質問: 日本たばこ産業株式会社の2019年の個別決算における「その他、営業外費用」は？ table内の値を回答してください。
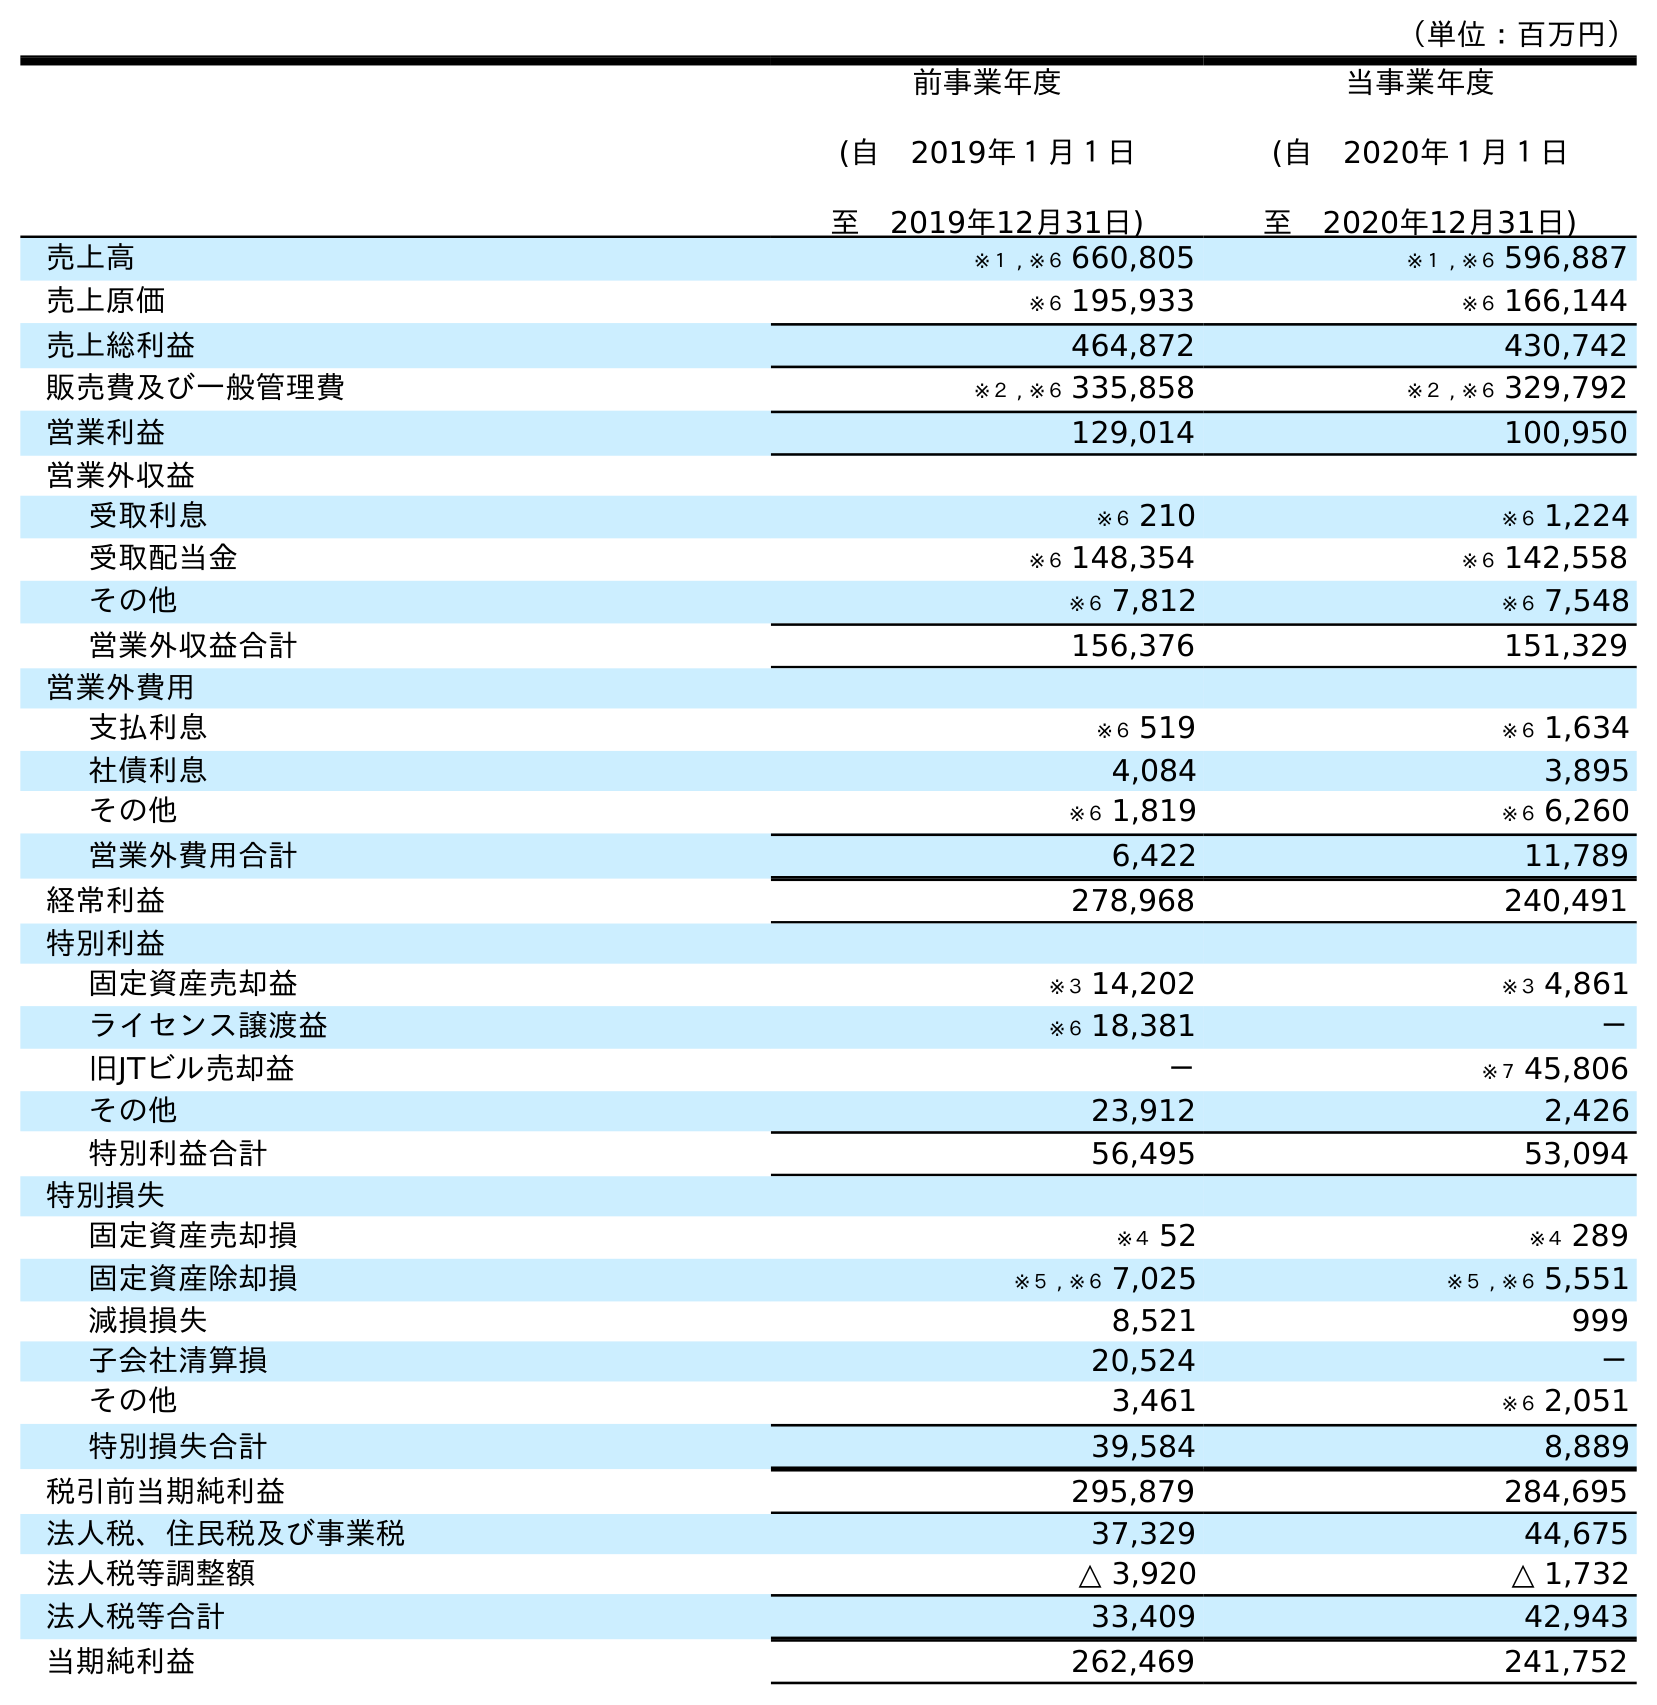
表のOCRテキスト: （単位：百万円） 前事業年度 (自 2019年１月１日 至 2019年12月31日) 当事業年度 (自 2020年１月１日 至 2020年12月31日) 売上高 ※１ , ※６ 660,805 ※１ , ※６ 596,887 売上原価 ※６ 195,933 ※６ 166,144 売上総利益 464,872 430,742 販売費及び一般管理費 ※２ , ※６ 335,858 ※２ , ※６ 329,792 営業利益 129,014 100,950 営業外収益 受取利息 ※６ 210 ※６ 1,224 受取配当金 ※６ 148,354 ※６ 142,558 その他 ※６ 7,812 ※６ 7,548 営業外収益合計 156,376 151,329 営業外費用 支払利息 ※６ 519 ※６ 1,634 社債利息 4,084 3,895 その他 ※６ 1,819 ※６ 6,260 営業外費用合計 6,422 11,789 経常利益 278,968 240,491 特別利益 固定資産売却益 ※３ 14,202 ※３ 4,861 ライセンス譲渡益 ※６ 18,381 － 旧JTビル売却益 － ※７ 45,806 その他 23,912 2,426 特別利益合計 56,495 53,094 特別損失 固定資産売却損 ※４ 52 ※４ 289 固定資産除却損 ※５ , ※６ 7,025 ※５ , ※６ 5,551 減損損失 8,521 999 子会社清算損 20,524 － その他 3,461 ※６ 2,051 特別損失合計 39,584 8,889 税引前当期純利益 295,879 284,695 法人税、住民税及び事業税 37,329 44,675 法人税等調整額 △ 3,920 △ 1,732 法人税等合計 33,409 42,943 当期純利益 262,469 241,752
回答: ※６1,819